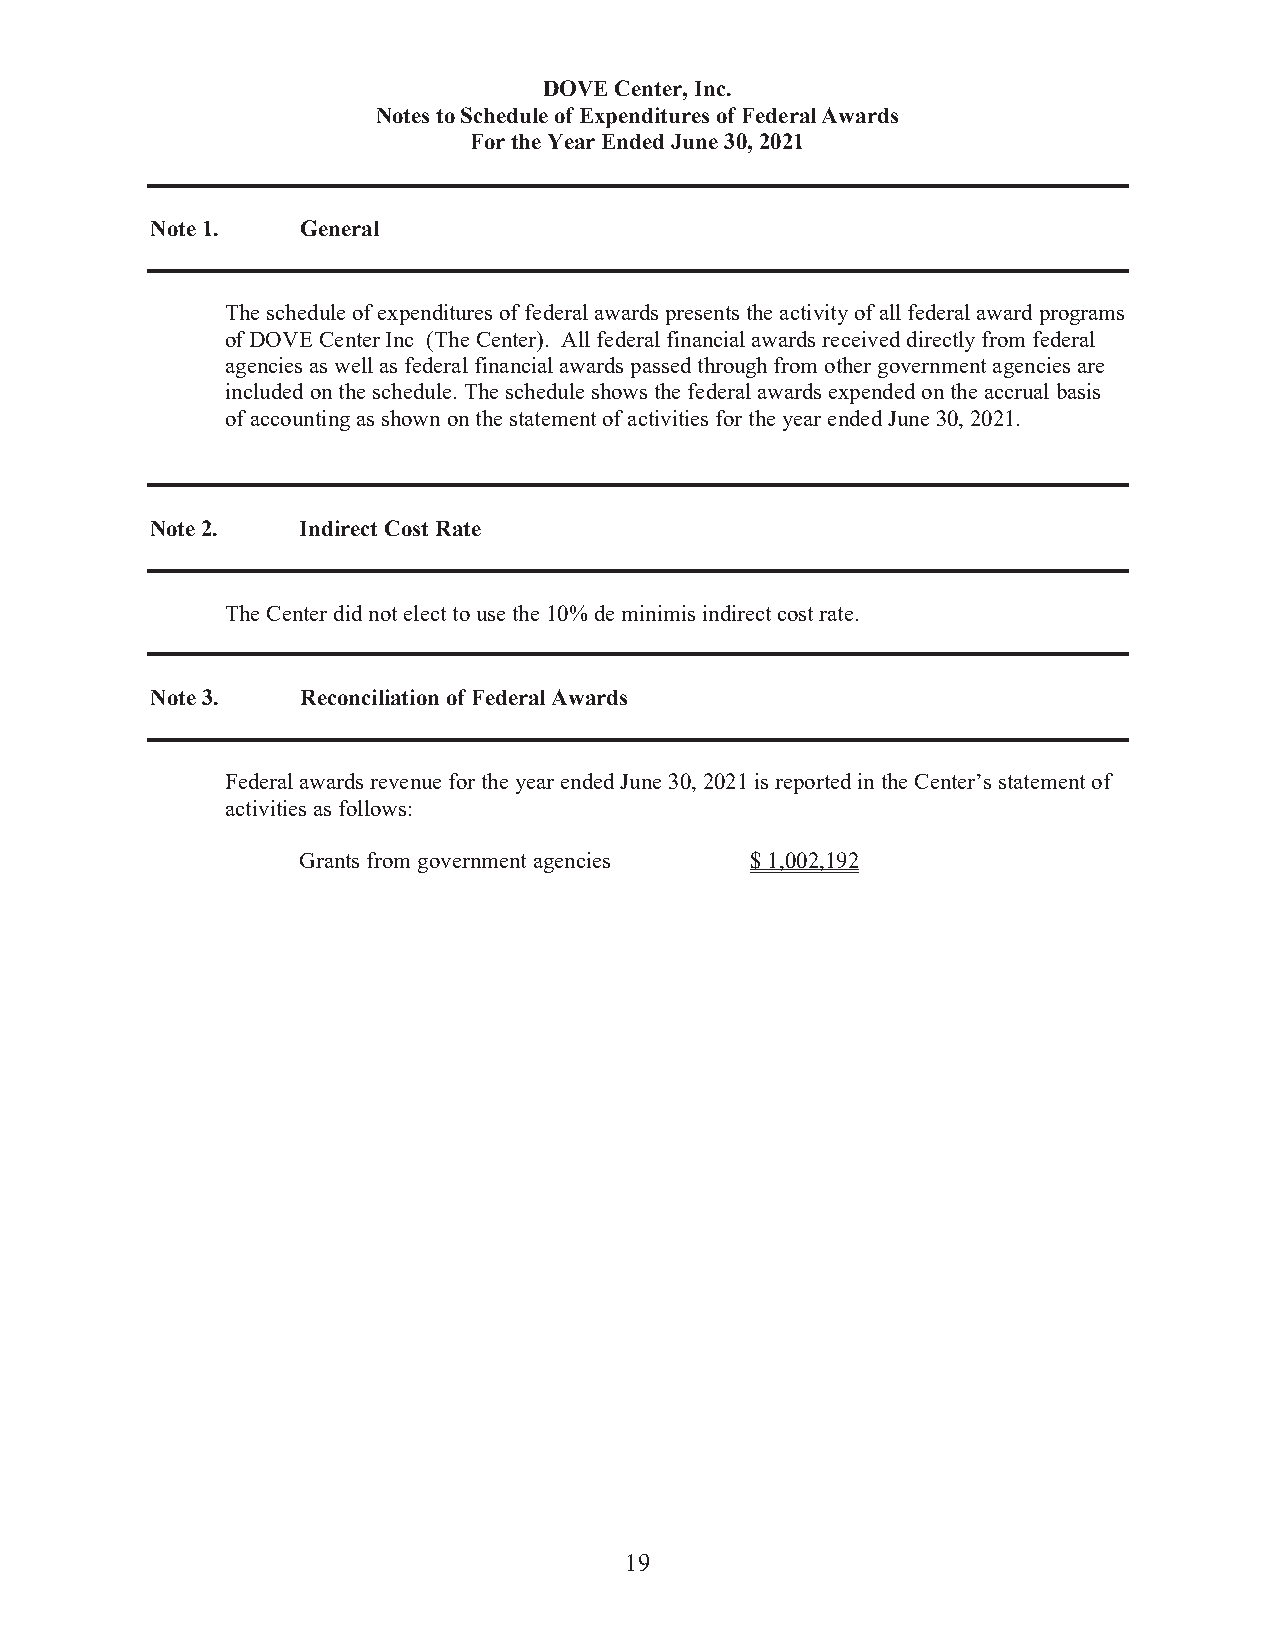
DOVE Center, Inc.
 Notes to Schedule of Expenditures of Federal Awards
 For the Year Ended June 30, 2021
 Note 1.   General
 The schedule of expenditures of federal awards presents the activity of all federal award programs
 of DOVE Center Inc (The Center). All federal financial awards received directly from federal
 agencies as well as federal financial awards passed through from other government agencies are
 included on the schedule. The schedule shows the federal awards expended on the accrual basis
 of accounting as shown on the statement of activities for the year ended June 30, 2021.
 Note 2.   Indirect Cost Rate
 The Center did not elect to use the 10% de minimis indirect cost rate.
 Note 3.   Reconciliation of Federal Awards
 Federal awards revenue for the year ended June 30, 2021 is reported in the Center’s statement of
 activities as follows:
 Grants from government agencies $ 1,002,192
 19